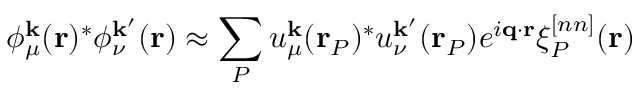
\phi _ { \mu } ^ { \mathbf { k } } ( \mathbf { r } ) ^ { * } \phi _ { \nu } ^ { \mathbf { k } ^ { \prime } } ( \mathbf { r } ) \approx \sum _ { P } u _ { \mu } ^ { \mathbf { k } } ( \mathbf { r } _ { P } ) ^ { * } u _ { \nu } ^ { \mathbf { k } ^ { \prime } } ( \mathbf { r } _ { P } ) e ^ { i \mathbf { q } \cdot \mathbf { r } } \xi _ { P } ^ { [ n n ] } ( \mathbf { r } )